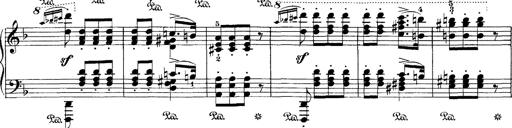
Title: Hungarian Rhapsody No.7
Composer: Franz Liszt
Key: D minor